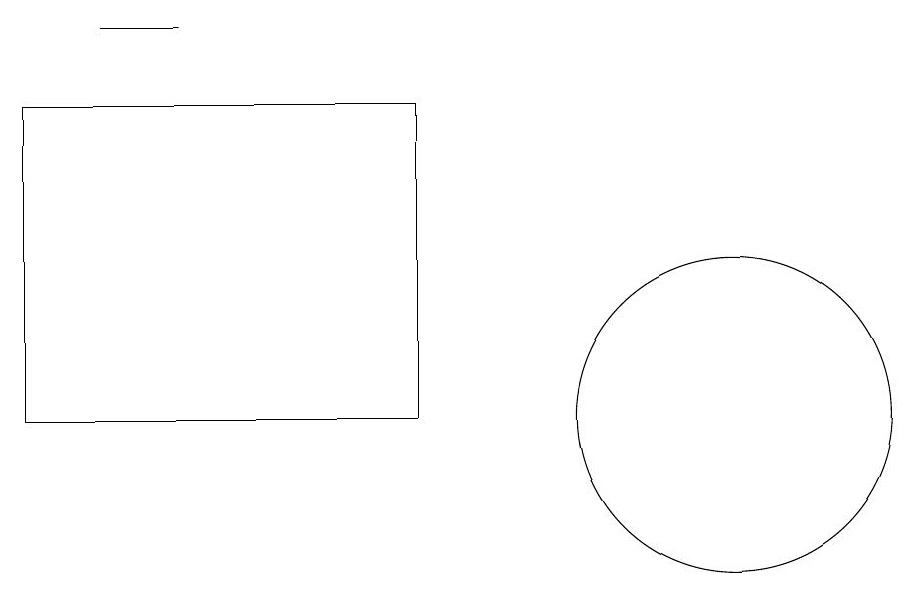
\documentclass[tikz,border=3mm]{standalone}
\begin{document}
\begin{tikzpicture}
\draw (12,11) circle (2);
\draw (4,16) rectangle (5,16);
\draw (8,11) rectangle (3,15);
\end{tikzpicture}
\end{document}